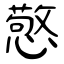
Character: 憼